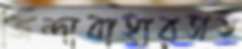
জিন্দাবাহারসহ